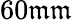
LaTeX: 60\mathfrak{m}\mathfrak{m}